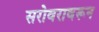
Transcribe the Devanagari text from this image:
सरोवरावरून